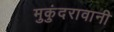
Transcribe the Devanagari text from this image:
मुकुंदरावानी